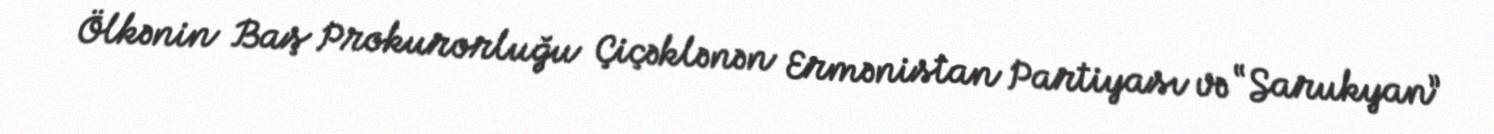
Ölkənin Baş Prokurorluğu Çiçəklənən Ermənistan Partiyası və “Sarukyan”